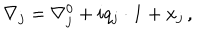
LaTeX: \nabla _ { j } = \nabla _ { j } ^ { 0 } + i q _ { j } \cdot { \bf 1 } + x _ { j } \, ,